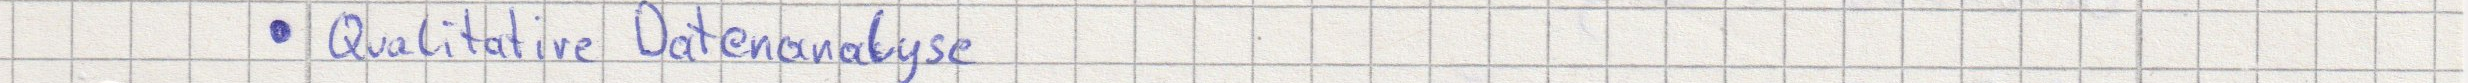
Qualitative Datenanalyse